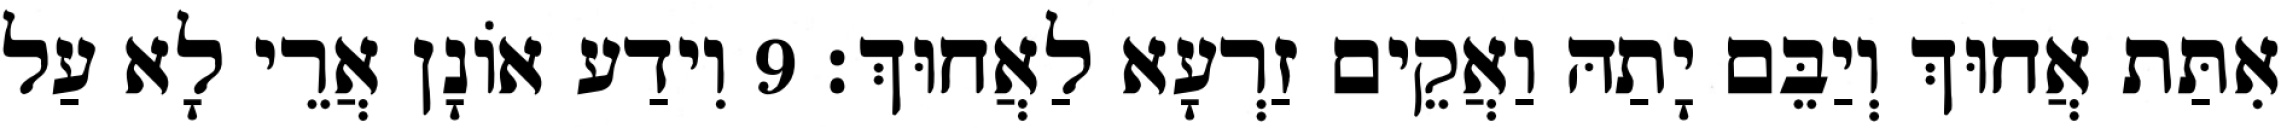
אִתַּת אֲחוּךְ וְיַבֵּם יָתַהּ וַאֲקֵים זַרְעָא לַאֲחוּךְ׃ 9 וִידַע אוֹנָן אֲרֵי לָא עַל